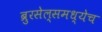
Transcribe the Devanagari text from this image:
ब्रुरसेल्समध्येच